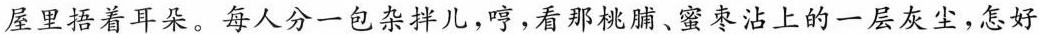
屋里捂着耳朵。每人分一包杂拌儿，哼，看那桃脯、蜜枣沾上的一层灰尘，怎好